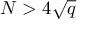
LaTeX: N > 4 { \sqrt { q } }